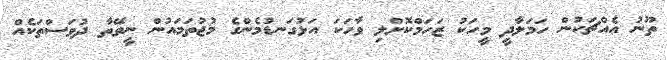
ތޫނު އެއްޗަކުން ހަމަލާދީ މީހަކު ޒަހަމްކޮށްލި ވާހަކަ އަޅުގަނޑުމެންގެ މުޖުތަމައުން ނީވޭތާ ދުވަސްތަކެއް